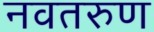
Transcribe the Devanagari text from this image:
नवतरुण